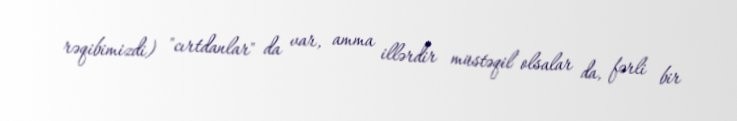
rəqibimizdi) "cırtdanlar" da var, amma illərdir müstəqil olsalar da, fərli bir